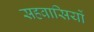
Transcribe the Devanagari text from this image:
सहवासियों